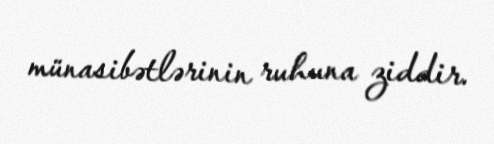
münasibətlərinin ruhuna ziddir.